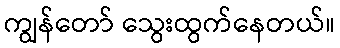
ကျွန်တော် သွေးထွက်နေတယ်။